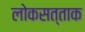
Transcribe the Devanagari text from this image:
लोकसत्ताक